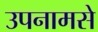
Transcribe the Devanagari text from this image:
उपनामसे